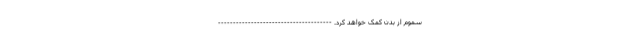
سموم از بدن کمک خواهد کرد. --------------------------------------